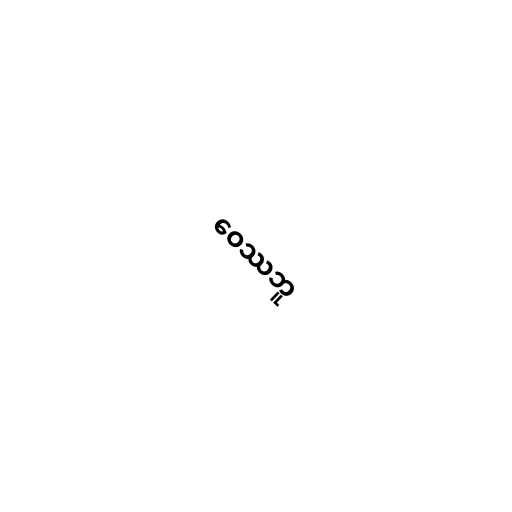
ဝေဿဘူ